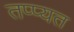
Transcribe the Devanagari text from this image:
तप्प्यत